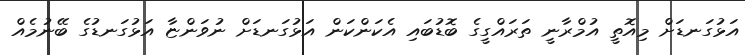
އަޅުގަނޑަށް މިއޮތީ އުމްރާނީ ތަރައްގީގެ ބޮޑުބައި އެކަންކަން އަޅުގަނޑަށް ނުވަންޏާ އަޅުގަނޑުގެ ބޭނުމެއް